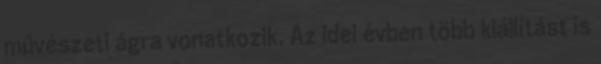
művészeti ágra vonatkozik. Az idei évben több kiállítást is